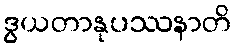
ဒွယတာနုပဿနာတိ